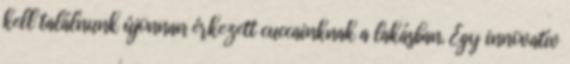
kell találnunk újonnan érkezett cuccainknak a lakásban. Egy innovatív